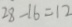
2 8 - 1 6 = 1 2